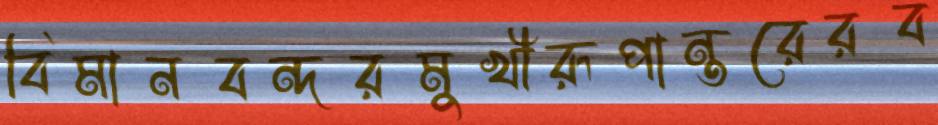
বিমানবন্দরমুখীরূপান্তরেরব